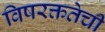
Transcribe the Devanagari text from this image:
विषरक्ततेची